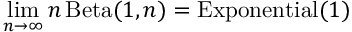
\operatorname* { l i m } _ { n \to \infty } n \operatorname { B e t a } ( 1 , n ) = \operatorname { E x p o n e n t i a l } ( 1 )